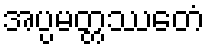
အပ္ပမတ္တဿေတံ